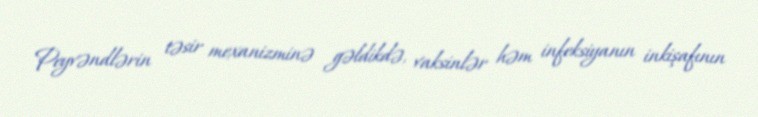
Peyvəndlərin təsir mexanizminə gəldikdə, vaksinlər həm infeksiyanın inkişafının